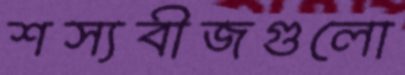
শস্যবীজগুলো